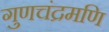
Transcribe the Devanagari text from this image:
गुणचंद्रमणि